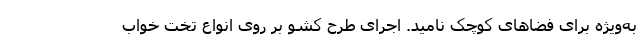
به‌ویژه برای فضاهای کوچک نامید. اجرای طرح کشو بر روی انواع تخت خواب